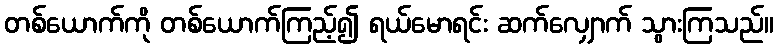
တစ်ယောက်ကို တစ်ယောက်ကြည့်၍ ရယ်မောရင်း ဆက်လျှောက် သွားကြသည်။